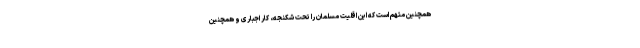
همچنین متهم است که این اقلیت مسلمان را تحت شکنجه، کار اجباری و همچنین